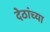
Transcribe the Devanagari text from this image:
देठांच्या